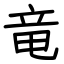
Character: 竜